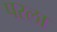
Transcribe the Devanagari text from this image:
परला